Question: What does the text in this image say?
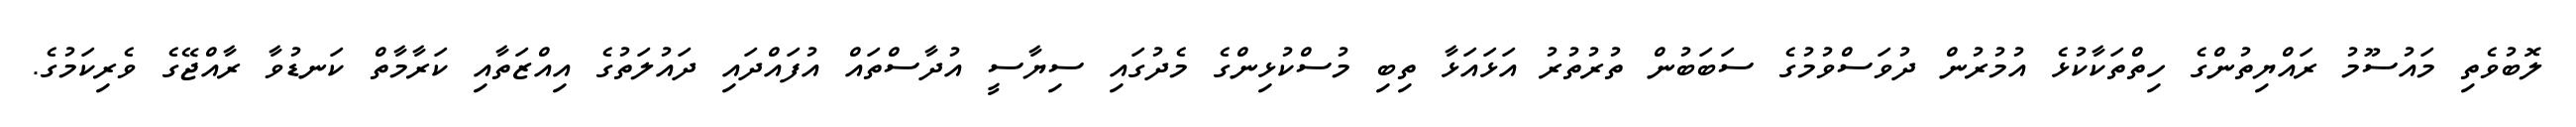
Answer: ލޮބުވެތި މައުސޫމު ރައްޔިތުންގެ ހިތްތަކާކުޅެ އުމުރުން ދުވަސްވުމުގެ ސަބަބުން ތުރުތުރު އަޅައަޅާ ތިބި މުސްކުޅިންގެ މެދުގައި ސިޔާސީ އުދާސްތައް އުފައްދައި ދައުލަތުގެ އިއްޒަތާއި ކަރާމާތް ކަނޑުވާ ރާއްޖޭގެ ވެރިކަމުގެ.